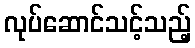
လုပ်ဆောင်သင့်သည့်